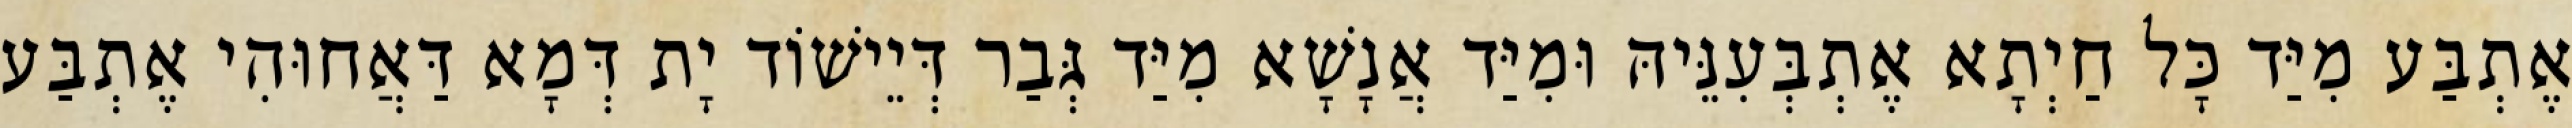
אֶתְבַּע מִיַּד כָּל חַיְתָא אֶתְבְּעִנֵּיהּ וּמִיַּד אֲנָשָׁא מִיַּד גְּבַר דְּיֵישׁוֹד יָת דְּמָא דַּאֲחוּהִי אֶתְבַּע